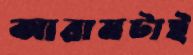
আরামটাই